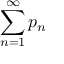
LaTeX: \sum _ { n = 1 } ^ { \infty } p _ { n }